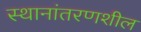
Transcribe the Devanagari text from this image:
स्थानांतरणशील